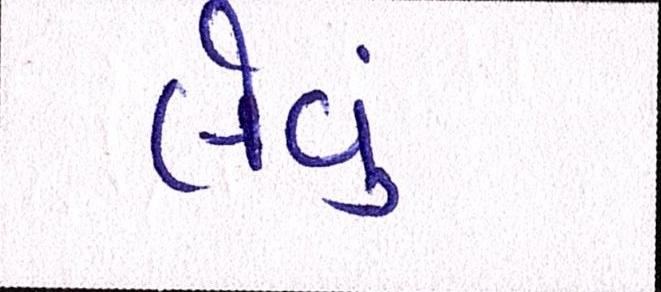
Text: લેવું